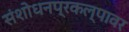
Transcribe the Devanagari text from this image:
संशोधनप्रकल्पावर